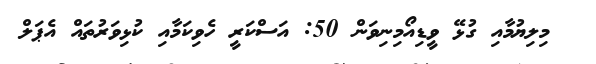
މިލިޔުމާއި ގުޅޭ ވީޑިއޯމިނިވަން 50: އަސްކަރީ ހެވިކަމާއި ކުޅިވަރުތައް އެޕަލް